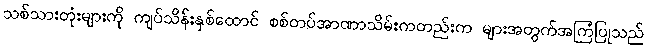
သစ်သားတုံးများကို ကျပ်သိန်းနှစ်ထောင် စစ်တပ်အာဏာသိမ်းကတည်းက များအတွက်အကြံပြုသည်